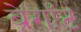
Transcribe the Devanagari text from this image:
ब्रेगॉट